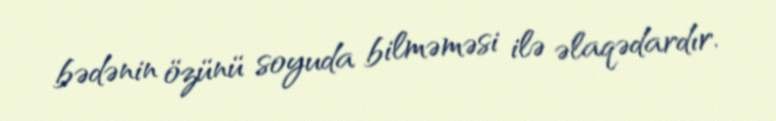
bədənin özünü soyuda bilməməsi ilə əlaqədardır.